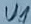
Text: U1